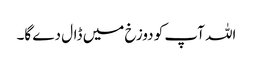
اللہ آپ کو دوزخ میں ڈال دے گا۔